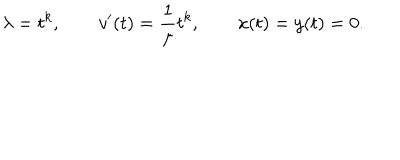
\lambda = t ^ { k } , \qquad v ^ { \prime } ( t ) = { \frac { 1 } { \mu } } t ^ { k } , \qquad x ( t ) = y ( t ) = 0 .